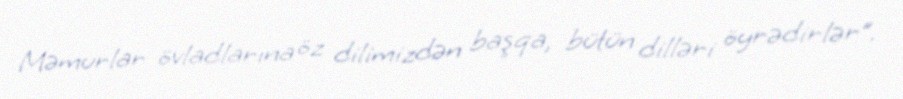
Məmurlar övladlarına öz dilimizdən başqa, bütün dilləri öyrədirlər”.